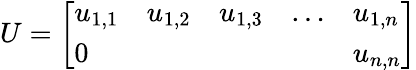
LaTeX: U={\left[\begin{array}{lllll}{u_{1,1}}&{u_{1,2}}&{u_{1,3}}&{\ldots}&{u_{1,n}}\\ {0}&{}&{}&{}&{u_{n,n}}\end{array}\right]}